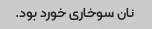
نان سوخاری خورد بود.